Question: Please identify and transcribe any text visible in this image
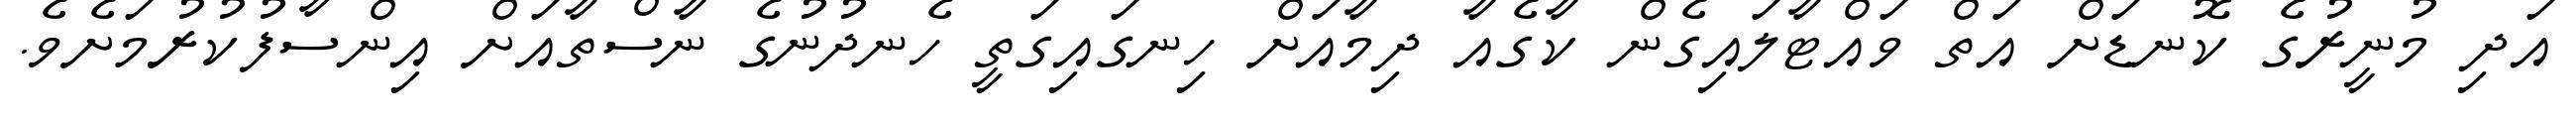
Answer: އަދި މުނީރުގެ ކޮނޑަށް އަތް ވައްޓާލައިގެން ކާގެއާ ދިމާއަށް ހިނގައިގަތީ ހެނދުނުގެ ނާސްތާއަށް އިންސާފުކުރުމަށެވެ.